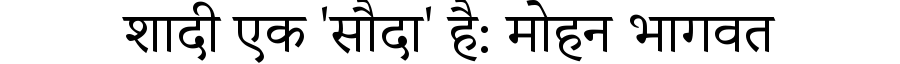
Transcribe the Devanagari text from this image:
शादी एक 'सौदा' है: मोहन भागवत